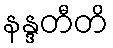
နန္ဒတီတိ